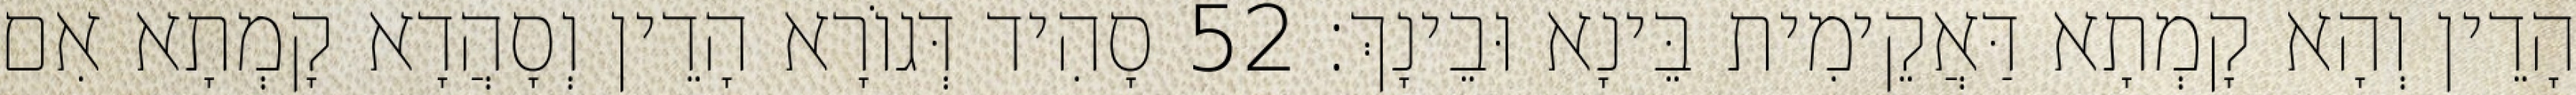
הָדֵין וְהָא קָמְתָא דַּאֲקֵימִית בֵּינָא וּבֵינָךְ׃ 52 סָהִיד דְּגוֹרָא הָדֵין וְסָהֲדָא קָמְתָא אִם